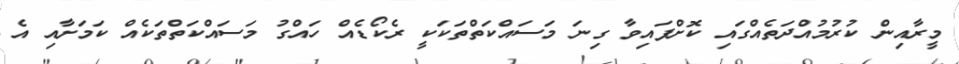
މީރާއިން ކުރުމުއްދަތެއްގައި ކޮށްފައިވާ ގިނަ މަސައްކަތްތަކަކީ ރެކޯޑެއް ހައްގު މަސައްކަތްތަކެއް ކަމަށާއި އެ